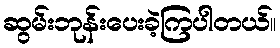
ဆွမ်းဘုန်းပေးခဲ့ကြပါတယ်။